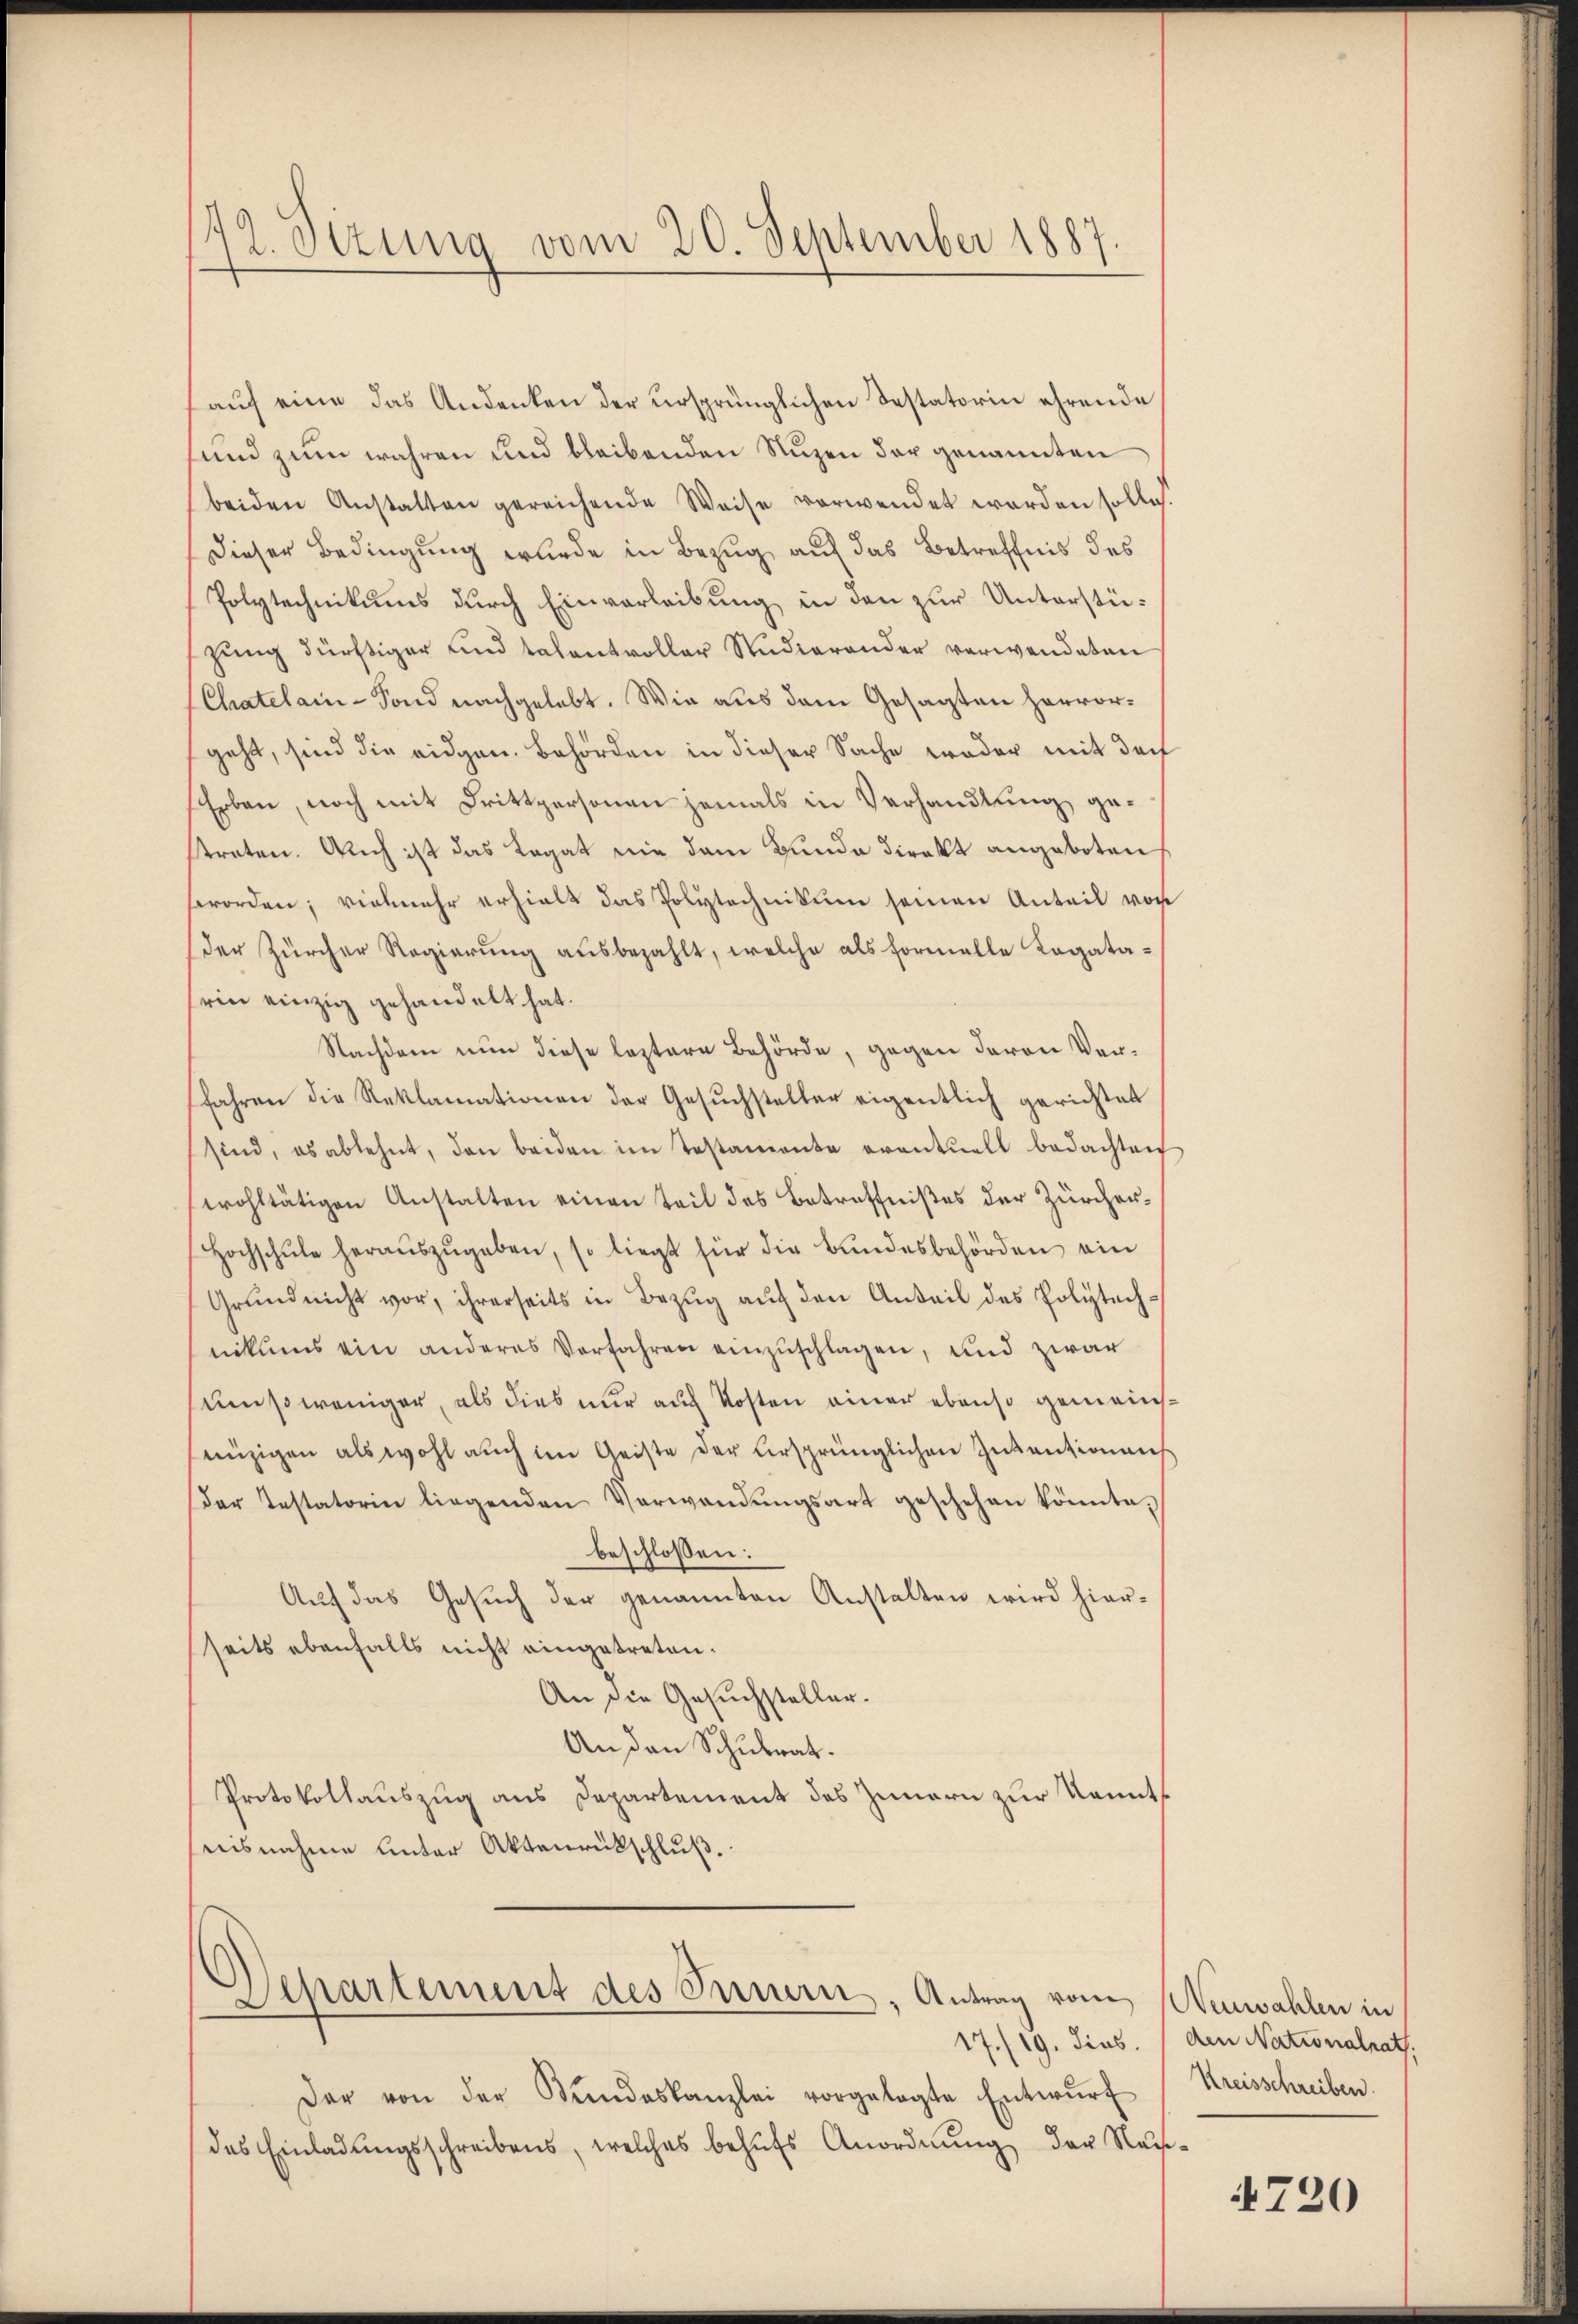
172. Sizung vom 20. September 1887.

aŭf eine das Andenken der versprünglichen Testatorin ehrende
sund zum wahren und bleibenden Nuzen der genannten
beiden Anstalten gereichende Weise verwendet worden solle.
Dieser Bedingung wurde in Bezug auf das Betreffnis des
Polytechnikums durch Einverleibung in den zur Unterstüzung dürftiger und talentvoller Studierender verwendeten
(Chatelain-Fond nachgelebt. Wie aus dem Gesagten hervorgeht, sind die eidgen. Behörden in dieser Sache weder mit der
Erben, noch mit Drittpersonen jemals in Verhandlung gestraten. Auch ist das Legat nie dem Bunde direkt angeboten
sworden; vielmehr erhielt das Polytechnikum seinen Anteil von
der Zürcher Regierŭng aŭsbezahlt, welche als formelle Legata-
sein einzig gehandelt hat.
Nachdem nun diese leztere Behörde, gegen deren Verfahren die Reklamationen der Gesŭchsteller eigentlich gerichtet
sind, es ablehnt, den beiden im Testamente eventuell bedachten
wohltätigen Anstalten einen Teil des Betreffnißes der Zürcher-
Hochschŭle heraŭszŭgeben, so liegt für die Bundesbehörden ein
Grund nicht vor, ihrerseits in Bezŭg aŭf den Anteil des Polytechnikums ein anderes Vorfahren einzuschlagen, und zwar
umsoweniger, als dies nur auf Kosten einer ebenso gemeinssinzigen als wohl auch im Geiste der versprünglichen Inventionen
Der Testatorin liegenden Verwandŭngsart geschehen könnte,
beschlossen:
Auf das Gesuch der genannten Anstalten wird hierseits ebenfalls nicht eingetreten.
An die Gesuchsteller.
An den Schulrat.
Protokollauszug aus Departement des Innern zur Kenntnisnahme unter Aktenrückschluß.

Departement des Innern, Antrag vom Neuwahlen in

Der von der Stŭndeskanzlei vorgelegte Entwŭrf
das Einladŭngsschreibens, welches behŭfs Anordnŭng der Na-

17./19. dies. (den Nationalrath.
Kreisschreiben.

4720